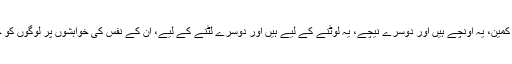
یہ پاک ہیں اور دوسرے ناپاک، یہ شریف ہیں اور دوسرے کمین، یہ اونچے ہیں اور دوسرے نیچے، یہ لوٹنے کے لیے ہیں اور دوسرے لٹنے کے لیے، ان کے نفس کی خواہشوں پر لوگوں کو جان، مال، عزت و آبرو ہرایک چیز قربان کردی جاتی ہے۔